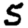
Digit: 5